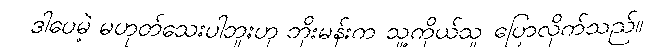
ဒါပေမဲ့ မဟုတ်သေးပါဘူးဟု ဘိုးမန်းက သူ့ကိုယ်သူ ပြောလိုက်သည်။